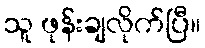
သူ ဖုန်းချလိုက်ပြီ။